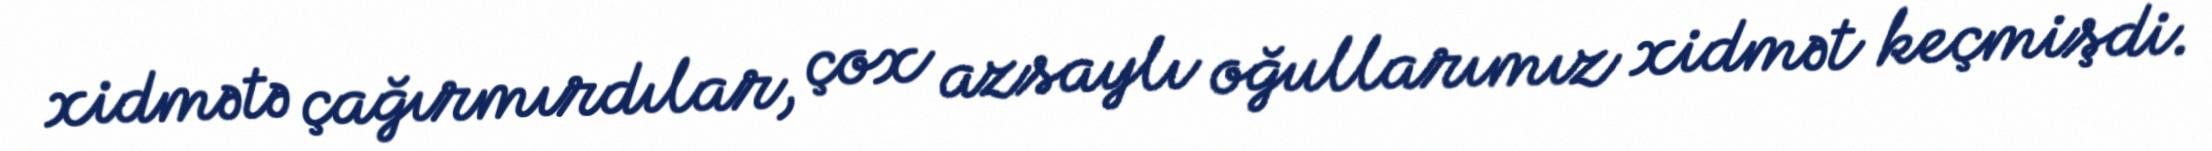
xidmətə çağırmırdılar, çox azsaylı oğullarımız xidmət keçmişdi.